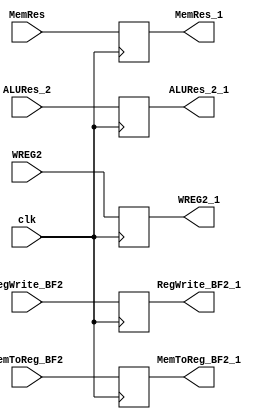
`timescale 1ns / 1ns

module MEM_WB(
	input RegWrite_BF2,
	input	MemToReg_BF2,
	input	[31:0]MemRes,
	input [31:0]ALURes_2,
	input [4:0]WREG2,
	input clk,
	output reg RegWrite_BF2_1,
	output reg	MemToReg_BF2_1,
	output reg	[31:0]MemRes_1,
	output reg [31:0]ALURes_2_1,
	output reg [4:0]WREG2_1
	
    );

always @(posedge clk)
begin

RegWrite_BF2_1 = RegWrite_BF2;
MemToReg_BF2_1 = MemToReg_BF2;
MemRes_1 = MemRes;
ALURes_2_1 = ALURes_2;
WREG2_1 = WREG2;

end
endmodule